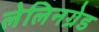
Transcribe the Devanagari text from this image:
लेलिनग्रेड